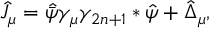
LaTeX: \hat { J } _ { \mu } = \hat { \bar { \psi } } \gamma _ { \mu } \gamma _ { 2 n + 1 } * \hat { \psi } + \hat { \Delta } _ { \mu } ,